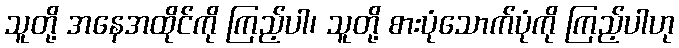
သူတို့ အနေအထိုင်ကို ကြည့်ပါ၊ သူတို့ စားပုံသောက်ပုံကို ကြည့်ပါဟု